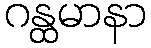
ဂန္ထမာနာ